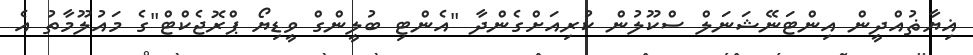
ޣިޔާޡުއްދީން އިންޓަނޭޝަނަލް ސްކޫލުން ކުރިއަށްގެންދާ "އެންޓި ބުލީންގް ވީޑިޔޯ ޕްރޮޖެކްޓް"ގެ މައުލޫމާތު އެ